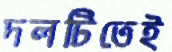
দলটিতেই